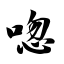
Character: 唿